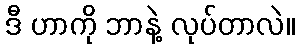
ဒီ ဟာကို ဘာနဲ့ လုပ်တာလဲ။